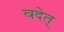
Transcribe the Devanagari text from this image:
वदेत्